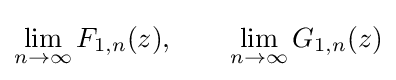
\lim _{n\to \infty }F_{1,n}(z),\qquad \lim _{n\to \infty }G_{1,n}(z)